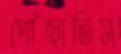
পোঁছাতিস